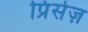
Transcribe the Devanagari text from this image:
प्रिंसेज़